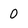
Character: 0